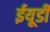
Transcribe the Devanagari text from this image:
ईयूडी